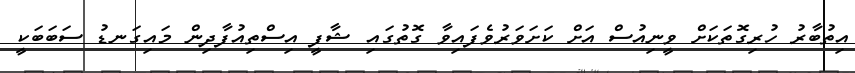
އިތުބާރު ހުރިގޮތަކަށް ވީނިއުސް އަށް ކަށަވަރުވެފައިވާ ގޮތުގައި ޝާފީ އިސްތިއުފާދިން މައިގަނޑު ސަބަބަކީ